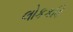
લોકકવિ